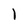
Character: l